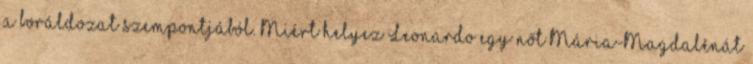
a borál­do­zat szempontjából. Miért helyez Leonardo egy nőt Mária-Mag­­dalénát